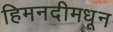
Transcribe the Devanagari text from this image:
हिमनदीमधून